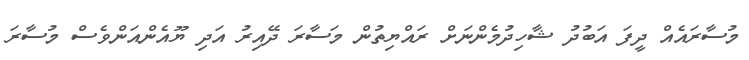
މުސާރައެއް ދީފަ އަބުދު ޝާހިދުމެންނަށް ރައްޔިތުން މަސާރަ ދޭއިރު އަދި ޔޫއެންއަންވެސް މުސާރަ